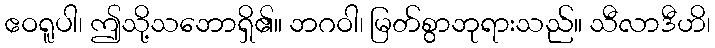
ဧဝရူပါ၊ ဤသို့သဘောရှိ၏။ ဘဂဝါ၊ မြတ်စွာဘုရားသည်။ သီလာဒီဟိ၊